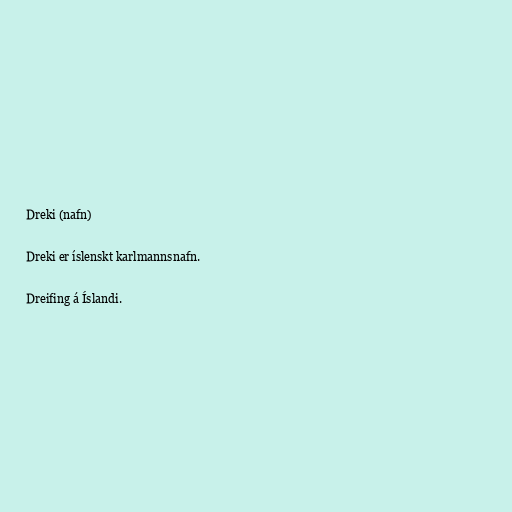
Dreki (nafn)

Dreki er íslenskt karlmannsnafn.

Dreifing á Íslandi.